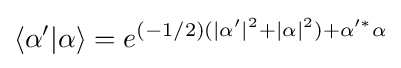
\langle \alpha '|\alpha \rangle =e^{(-1/2)(|\alpha '|^{2}+|\alpha |^{2})+\alpha '^{*}\alpha }